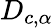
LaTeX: D_{c,\alpha}